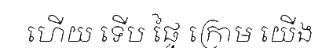
ហើយ ទើប ផ្ទៃ ក្រោម យើង